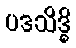
ပဒသိဒ္ဓိ